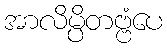
အာလိမ္ပိတဗ္ဗံပေ